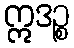
ဣဒဉ္စ